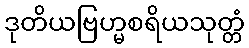
ဒုတိယဗြဟ္မစရိယသုတ္တံ